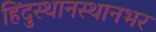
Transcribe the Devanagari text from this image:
हिंदुस्थानस्थानभर